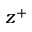
z ^ { + }